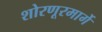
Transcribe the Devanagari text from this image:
शोरणूरमार्गे